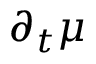
\partial _ { t } \mu